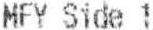
MFY SIDE 1